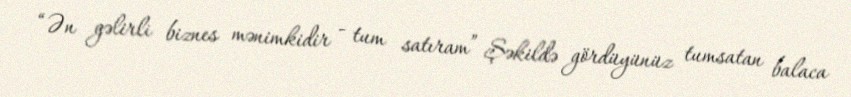
“Ən gəlirli biznes mənimkidir - tum satıram” Şəkildə gördüyünüz tumsatan balaca